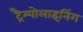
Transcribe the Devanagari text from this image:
ट्रैम्पोलाइनिंग